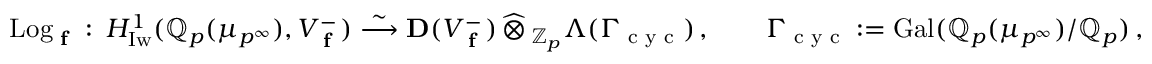
\mathrm { L o g } _ { \textup { \bf f } } \, \colon \, H _ { \mathrm { I w } } ^ { 1 } ( { \mathbb { Q } _ { p } } ( \mu _ { p ^ { \infty } } ) , V _ { \textup { \bf f } } ^ { - } ) \stackrel { \sim } { \longrightarrow } { \bf D } ( V _ { \textup { \bf f } } ^ { - } ) { \, \widehat \otimes \, } _ { \mathbb { Z } _ { p } } \Lambda ( \Gamma _ { \textup { c y c } } ) \, , \qquad \Gamma _ { \textup { c y c } } : = \operatorname { G a l } ( { \mathbb { Q } _ { p } } ( \mu _ { p ^ { \infty } } ) / { \mathbb { Q } _ { p } } ) \, ,